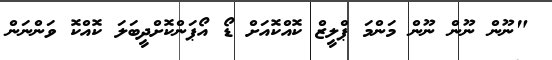
"ނޫން ނޫން ނޫން މަންމަ ޕްލީޒް ކޮއްކޮއަށް ޑޯ އޯޕަންކޮށްދީބަލަ ކޮއްކޮ ވަންނަން